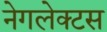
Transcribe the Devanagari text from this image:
नेगलेक्टस